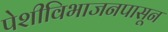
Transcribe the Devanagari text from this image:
पेशीविभाजनपासून